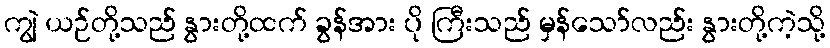
ကျွဲ ယဉ်တို့သည် နွားတို့ထက် ခွန်အား ပို ကြီးသည် မှန်သော်လည်း နွားတို့ကဲ့သို့